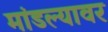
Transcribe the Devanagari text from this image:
मांडल्यावर